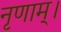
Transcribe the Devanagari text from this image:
नृणाम्‌।